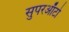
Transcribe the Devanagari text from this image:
सुपरऑटो